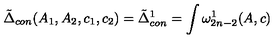
\tilde { \Delta } _ { c o n } ( A _ { 1 } , A _ { 2 } , c _ { 1 } , c _ { 2 } ) = \tilde { \Delta } _ { c o n } ^ { 1 } = \int \omega _ { 2 n - 2 } ^ { 1 } ( A , c )